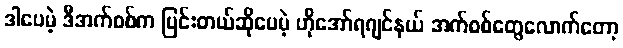
ဒါပေမဲ့ ဒီအက်စစ်က ပြင်းတယ်ဆိုပေမဲ့ ဟိုအော်ရဂျင်နယ် အက်စစ်တွေလောက်တော့